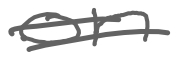
Text: on
Cross-out: double-line
Writing tool: digital_gray